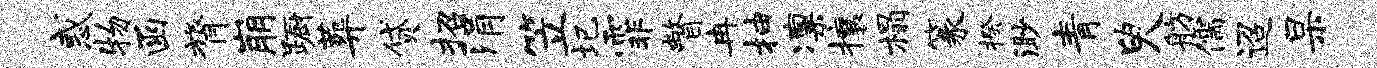
惑物函膂崩蹰葬贷招涓笠圮霏瞥冉抽凛攘榻篆揆渺青臾舫儒迢杲